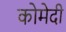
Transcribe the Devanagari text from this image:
कोमेदी